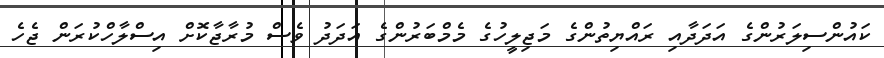
ކައުންސިލަރުންގެ އަދަދާއި ރައްޔިތުންގެ މަޖިލީހުގެ މެމްބަރުންގެ އަދަދު ވެސް މުރާޖާކޮށް އިސްލާހްކުރަން ޖެހެ